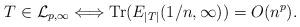
LaTeX: \begin{align*}T\in\mathcal{L}_{p,\infty}\Longleftrightarrow {\rm Tr}(E_{|T|}(1/n,\infty))=O(n^p).\end{align*}